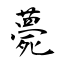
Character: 薨